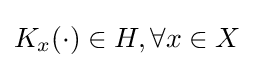
K_{x}(\cdot )\in H,\forall x\in X